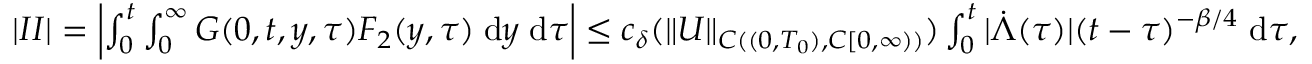
\begin{array} { r } { | I I | = \left| \int \displaylimits _ { 0 } ^ { t } \int \displaylimits _ { 0 } ^ { \infty } { G ( 0 , t , y , \tau ) F _ { 2 } ( y , \tau ) \; \mathrm { d } y \; \mathrm { d } \tau } \right| \le c _ { \delta } ( \| U \| _ { C ( ( 0 , T _ { 0 } ) , C [ 0 , \infty ) ) } ) \int \displaylimits _ { 0 } ^ { t } { | \dot { \Lambda } ( \tau ) | ( t - \tau ) ^ { - \beta / 4 } \; \mathrm { d } \tau } , } \end{array}